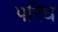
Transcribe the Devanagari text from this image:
परिध